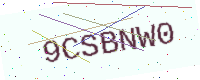
Text: 9CSBNW0